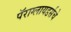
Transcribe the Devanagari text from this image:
पॅराग्लायडर्सचे